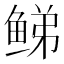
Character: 𬶕